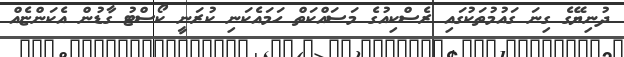
ދުނިޔޭގެ ގިނަ ގައުމުތަކުގައި ރެސްކިއުގެ މަސައްކަތް ހަމައެކަނި ކުރަނީ ކޯސްޓު ގާޑުން އެކަންޏެއް